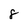
Character: 8